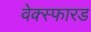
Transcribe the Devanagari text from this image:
वेक्स्फारड